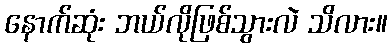
နောက်ဆုံး ဘယ်လိုဖြစ်သွားလဲ သိလား။